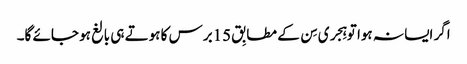
اگر ایسا نہ ہوا تو ہِجری سِن کے مطابِق 15برس کا ہوتے ہی بالغ ہو جائے گا۔